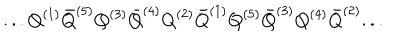
. . . Q ^ { ( 1 ) } { \bar { Q } } ^ { ( 5 ) } Q ^ { ( 3 ) } { \bar { Q } } ^ { ( 4 ) } Q ^ { ( 2 ) } { \bar { Q } } ^ { ( 1 ) } Q ^ { ( 5 ) } { \bar { Q } } ^ { ( 3 ) } Q ^ { ( 4 ) } { \bar { Q } } ^ { ( 2 ) } . . .